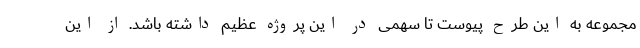
مجموعه به این طرح پیوست تا سهمی در این پروژه عظیم داشته باشد. از این